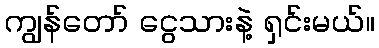
ကျွန်တော် ငွေသားနဲ့ ရှင်းမယ်။